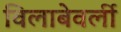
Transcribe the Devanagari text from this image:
विलाबेवर्ली